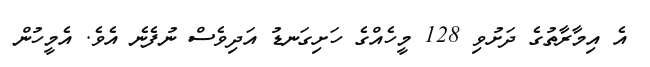
އެ އިމާރާތުގެ ދަށުވި 128 މީހެއްގެ ހަށިގަނޑު އަދިވެސް ނުފެނެ އެވެ. އެމީހުން